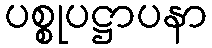
ပစ္စုပဋ္ဌာပနာ